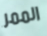
الممر